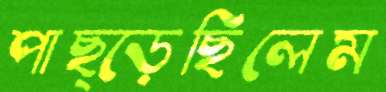
পাছ্‌ড়েছিলেম